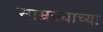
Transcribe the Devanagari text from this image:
साम्रज्याच्या